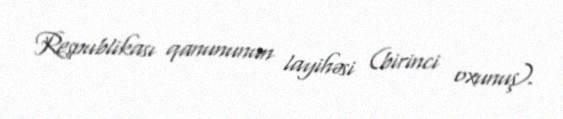
Respublikası qanununun layihəsi (birinci oxunuş).